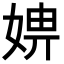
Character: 𡞑